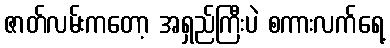
ဇာတ်လမ်းကတော့ အရှည်ကြီးပဲ စကားလက်ရေ့